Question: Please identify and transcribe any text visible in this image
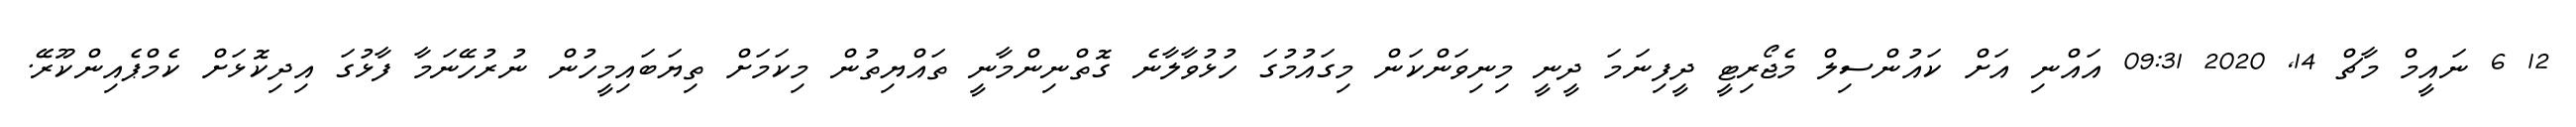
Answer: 12 6 ނައީމް މާޗް 14, 2020 09:31 އައްނި އަށް ކައުންސިލް މެޖޯރިޓީ ދީފިނަމަ ދީނީ މިނިވަންކަން މިގައުމުގަ ހުޅުވާލާނެ ގޮތްނިންމާނީ ތައްޔިތުން މިކަމަށް ތިޔަބައިމީހުން ނުރުހޭނަމާ ފާޅުގަ އިދިކޮޅަށް ކެމްޕެއިންކޫރޭ.